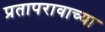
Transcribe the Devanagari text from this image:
प्रतापरावाच्या